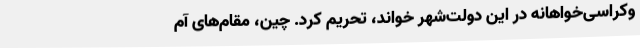
وکراسی‌خواهانه در این دولت‌شهر خواند، تحریم کرد. چین، مقام‌های آم